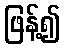
ဖြန့်၍